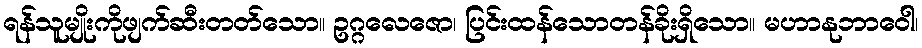
ရန်သူမျိုးကိုဖျက်ဆီးတတ်သော။ ဥဂ္ဂလေဇော၊ ပြင်းထန်သောတန်ခိုးရှိသော။ မဟာနုဘာဝေါ၊